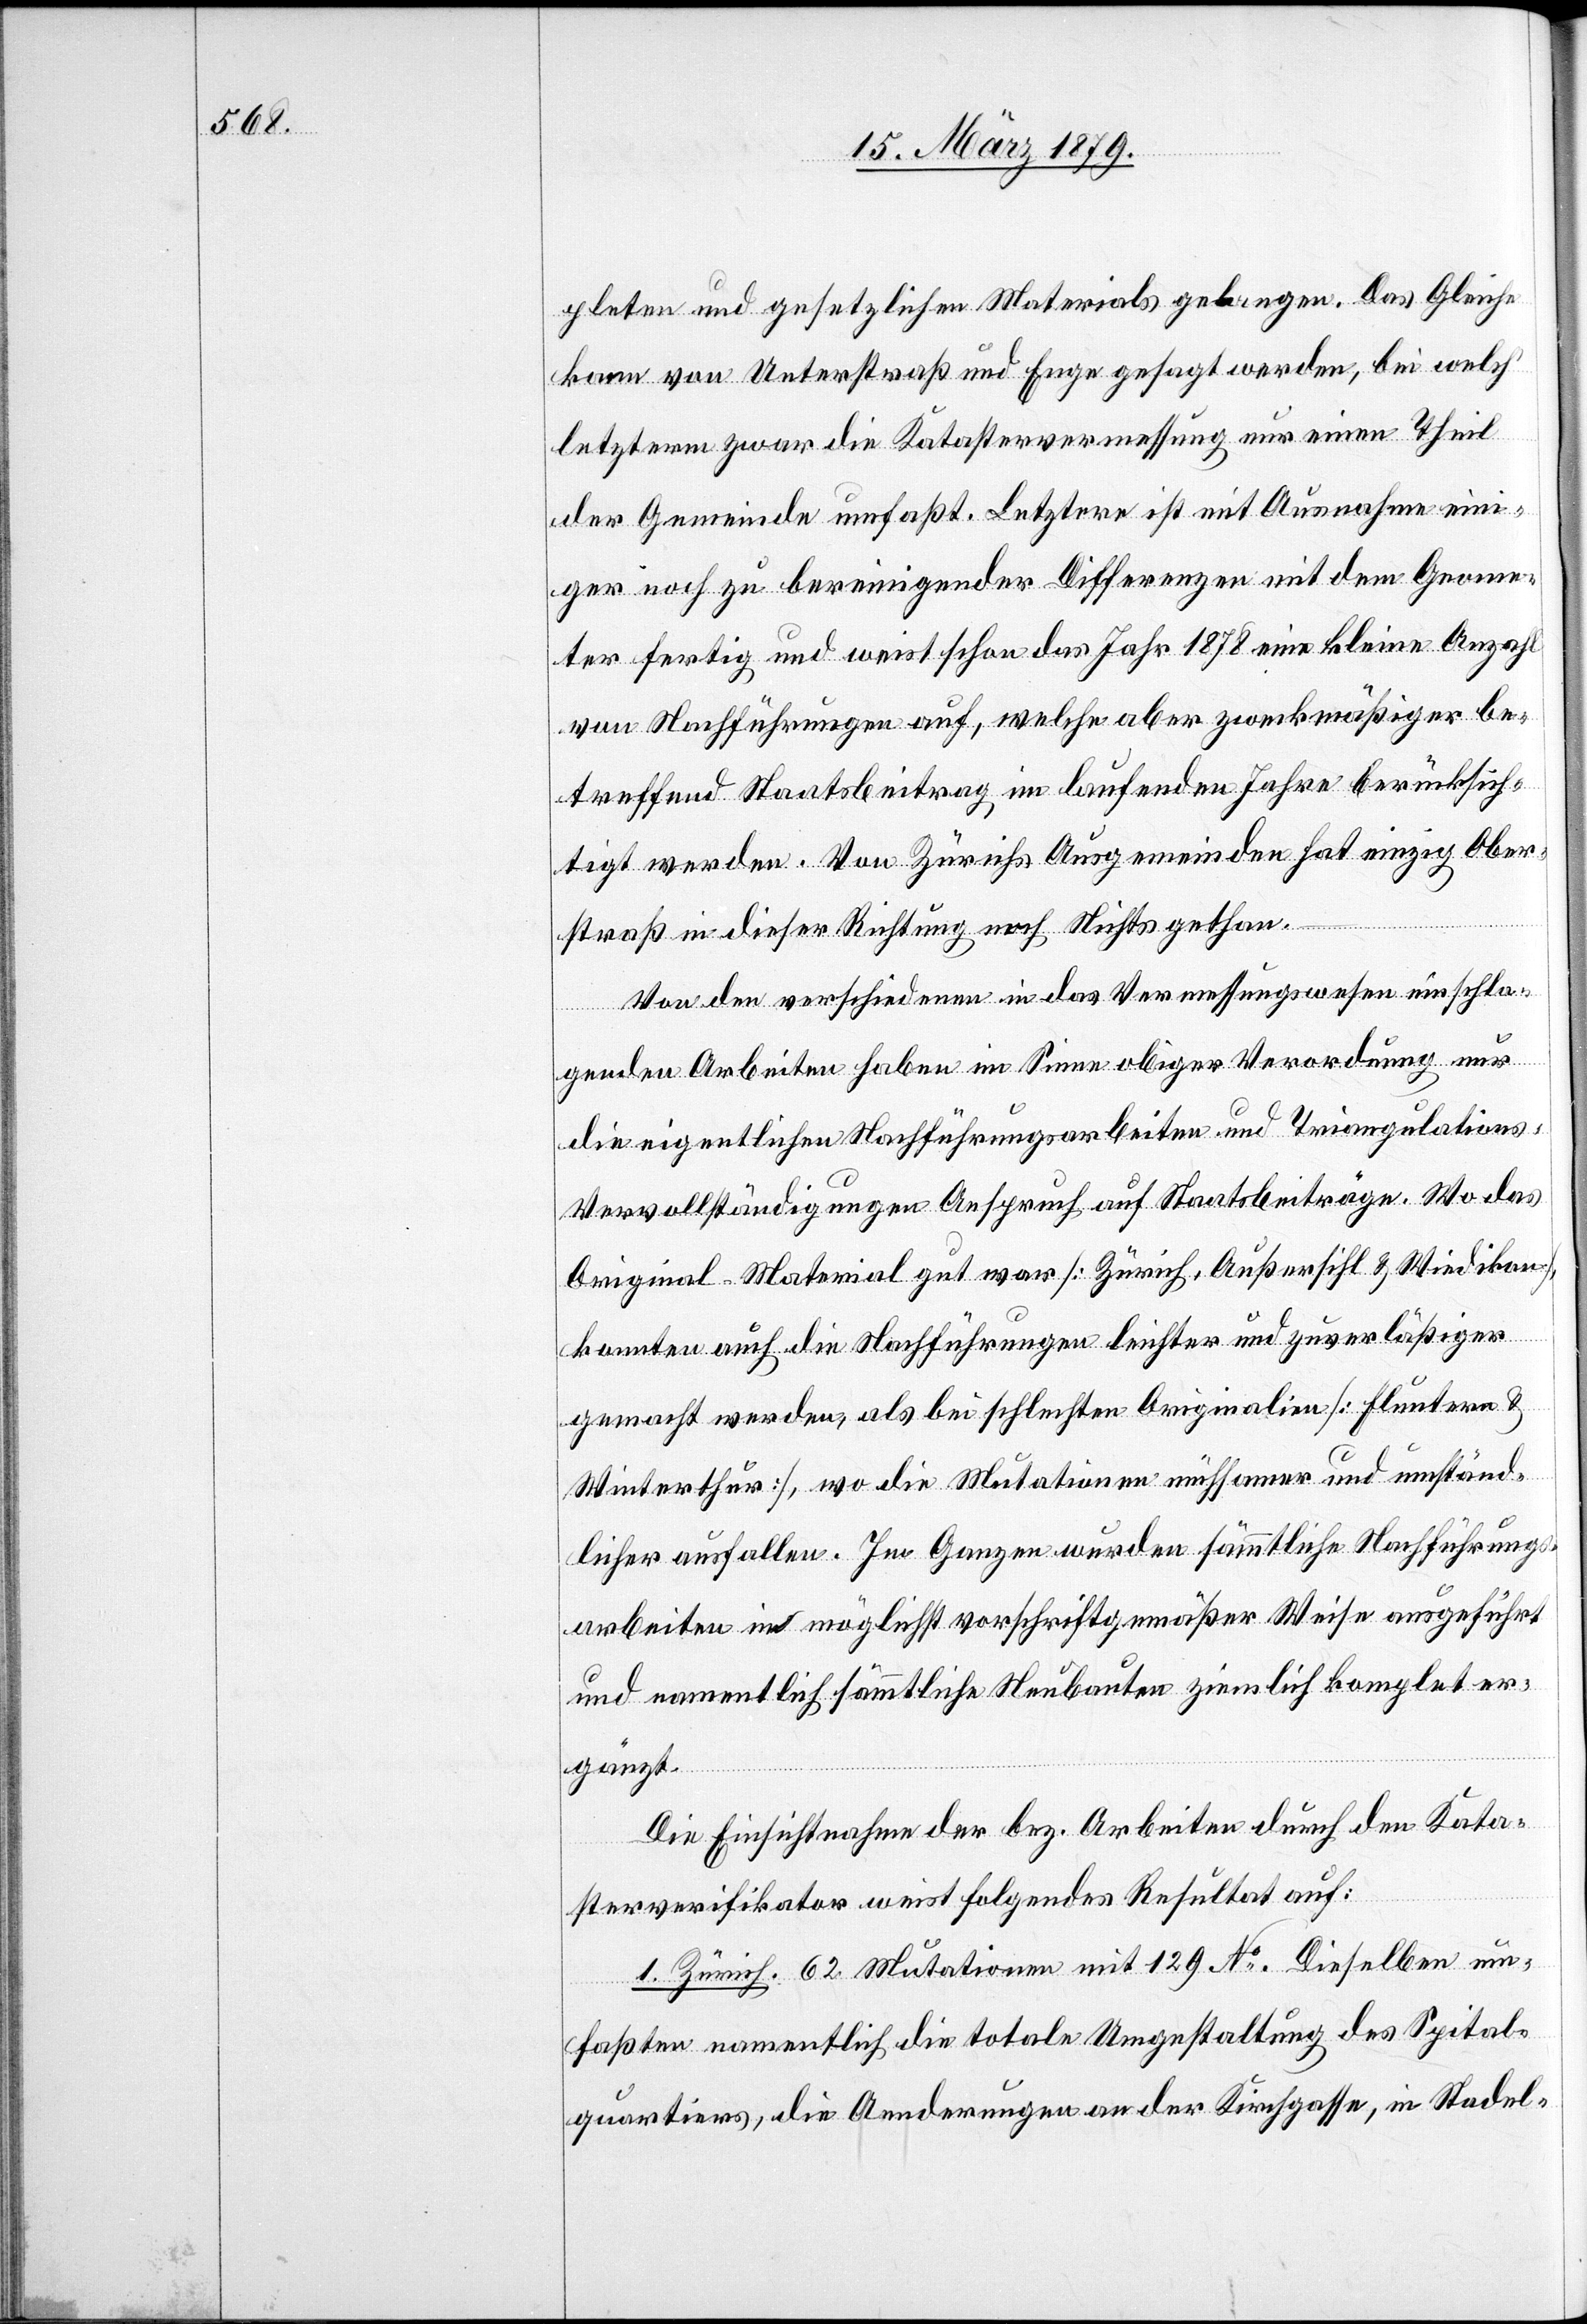
pleten und gesetzlichen Materials gelangen. Das Gleiche
kann von Unterstraß und Enge gesagt werden, bei welch’
letzterm zwar die Katastervermessung nur einen Theil
der Gemeinde umfaßt. Letztere ist mit Ausnahme eini¬
ger noch zu bereinigenden Differenzen mit dem Geome¬
ter fertig und weist schon das Jahr 1878 eine kleine Anzahl
von Nachführungen auf, welche aber zweckmäßiger be¬
treffend Staatsbeitrag im laufenden Jahre berücksich¬
tigt werden. Von Zürichs Ausgemeinden hat einzig Ober¬
straß in dieser Richtung noch Nichts gethan.
Von den verschiedenen in das Vermessungswesen einschla¬
genden Arbeiten haben im Sinne obiger Verordnung nur
die eigentlichen Nachführungsarbeiten und Triangulations-V¬
ervollständigungen Anspruch auf Staatsbeiträge. Wo das
Original-Material gut war [Zürich, Außersihl & Wiedikon],
konnten auch die Nachführungen leichter und zuverläßiger
gemacht werden, als bei schlechten Originalien [Fluntern &
Winterthur], wo die Mutationen mühsamer und umständ¬
licher ausfallen. Im Ganzen wurden sämmtliche Nachführungs¬
arbeiten in möglichst vorschriftgemäßer Weise ausgeführt
und namentlich sämmtliche Neubauten ziemlich komplet er¬
gänzt.
Die Einsichtnahme der bez. Arbeiten durch den Kata¬
sterverifikator weist folgendes Resultat auf:
1. Zürich. 62 Mutationen mit 129 No. Dieselben um¬
faßten namentlich die totale Umgestaltung des Spital¬
quartiers, die Aenderungen an der Kirchgasse, in Stadel-